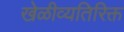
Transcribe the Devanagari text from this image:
खेळीव्यतिरिक्त